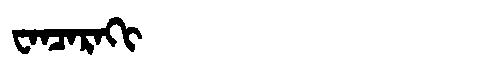
Manchu: ᠸᠠᠨᠴᠠᡵᠠᡴᡳ
Romanization: WANCARAKI